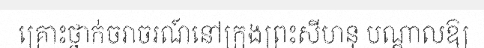
គ្រោះថ្នាក់ចរាចរណ៍នៅក្រុងព្រះសីហនុ បណ្តាលឱ្យ